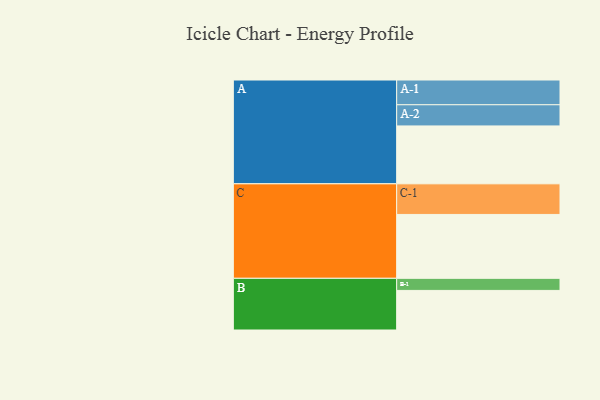
{"axis": {"x": "Segment", "y": "Value"}, "legend": ["", "A", "B", "C"], "data": [{"x": "A", "y": 484, "type": ""}, {"x": "B", "y": 331, "type": ""}, {"x": "C", "y": 534, "type": ""}, {"x": "A-1", "y": 207, "type": "A"}, {"x": "A-2", "y": 177, "type": "A"}, {"x": "B-1", "y": 101, "type": "B"}, {"x": "C-1", "y": 256, "type": "C"}]}